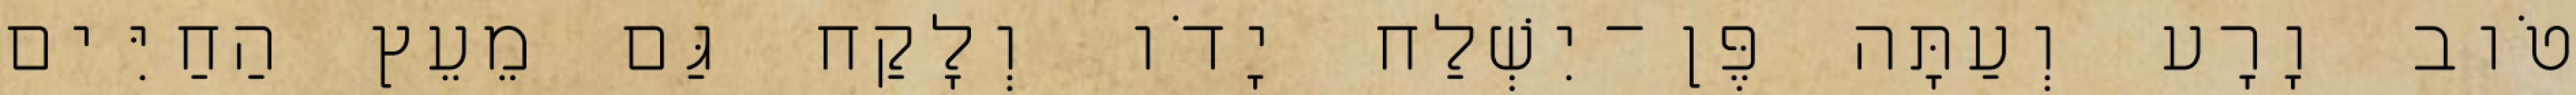
טֹוב וָרָע וְעַתָּה פֶּן־יִשְׁלַח יָדֹו וְלָקַח גַּם מֵעֵץ הַחַיִּים